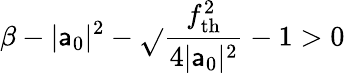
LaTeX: \beta-|\mathsf{a}_{0}|^{2}-\sqrt{}{{\frac{{f_{\mathrm{{th}}}^{2}}}{{4|\mathsf{a}_{0}|^{2}}}-1}}>0